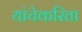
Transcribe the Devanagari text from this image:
यांचेकरिता